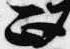
正